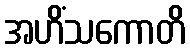
အဟိံသကောတိ